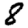
Digit: 8